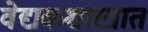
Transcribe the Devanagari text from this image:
वेद्यकशास्त्रात